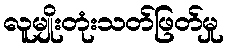
လူမျိုးတုံးသတ်ဖြတ်မှု